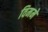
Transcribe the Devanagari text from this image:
विममे